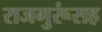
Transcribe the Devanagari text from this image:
राजगुरूंसह